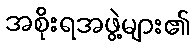
အစိုးရအဖွဲ့များ၏